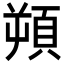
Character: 𩒕